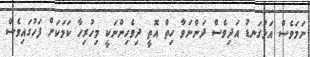
ނަމަވެސް އަޅުގަނޑު އަދިވެސް ދަންނަވާ ހިތް އޮތީ ދިވެހިންނަކީ މިހުރިހާ ކަމަކަށް ފަހުގައިވެސް